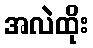
အလဲထိုး